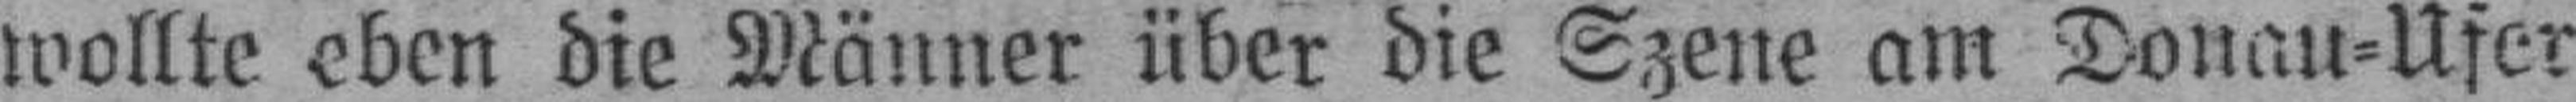
wollte eben die Männer über die Szene am Donau=Ufer